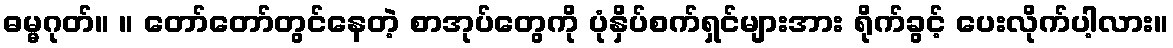
ဓမ္မဂုတ်။ ။ တော်တော်တွင်နေတဲ့ စာအုပ်တွေကို ပုံနှိပ်စက်ရှင်များအား ရိုက်ခွင့် ပေးလိုက်ပါ့လား။